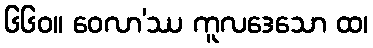
၆၆၀။ ဝေလာ’ဿ ကူလဒေသော ထ၊